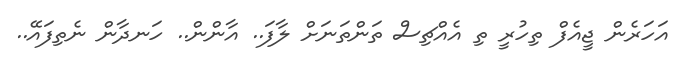
އަހަރެން ޖީއެފް ތިހުރީ ތި އެއްޗިސް ތަންތަނަށް ލާފަ.. އާންން.. ހަނދާން ނެތިފައޭ..